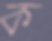
ক